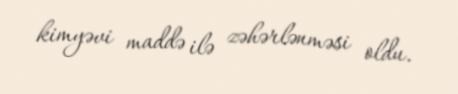
kimyəvi maddə ilə zəhərlənməsi oldu.